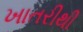
ખાતરીથી